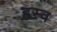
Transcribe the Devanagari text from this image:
ह्वस्व